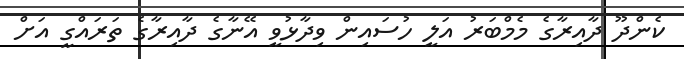
ކެންދޫ ދާއިރާގެ މެމްބަރު އަލީ ހުސައިން ވިދާޅުވީ އޭނާގެ ދާއިރާގެ ތަރައްގީ އަށް